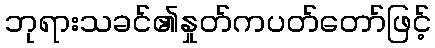
ဘုရားသခင်၏နှုတ်ကပတ်တော်ဖြင့်